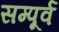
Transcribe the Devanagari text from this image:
सम्पूर्व